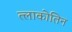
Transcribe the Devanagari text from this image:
त्लाकोतिन